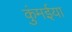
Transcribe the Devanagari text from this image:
कुंमईया